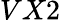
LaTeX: VX2